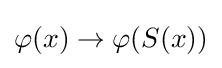
\varphi (x)\to \varphi (S(x))